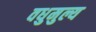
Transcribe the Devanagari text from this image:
वधुमुल्य